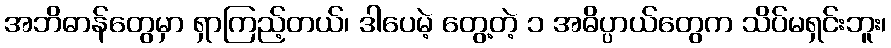
အဘိဓာန်တွေမှာ ရှာကြည့်တယ်၊ ဒါပေမဲ့ တွေ့တဲ့ ၁ အဓိပ္ပာယ်တွေက သိပ်မရှင်းဘူး၊